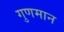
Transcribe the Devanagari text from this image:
गुणमान